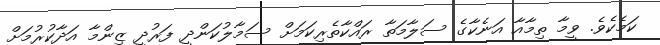
ކަމެކެވެ. ވީމާ ތިމާއާ އަނެކާގެ ސަލާމަތާ ރައްކާތެރިކަމަށް ސަމާލުކަންދީ ފަރުދީ ޒިންމާ އަދާކުރުމަށް